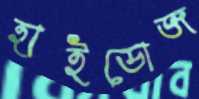
হাইডোজ